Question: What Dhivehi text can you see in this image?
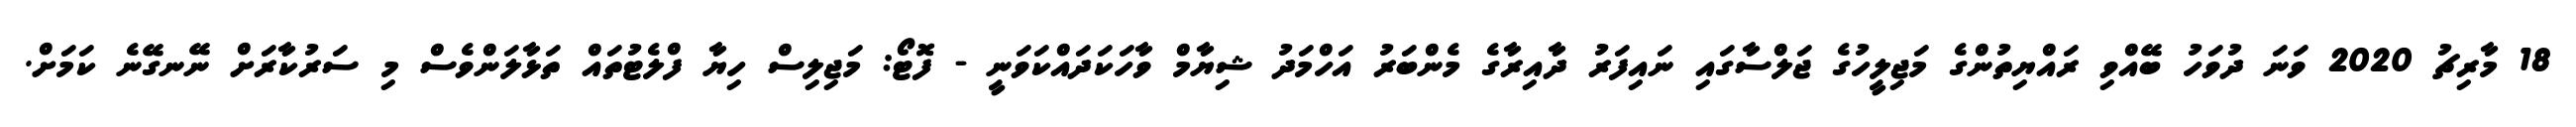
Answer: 18 މާރިޗު 2020 ވަނަ ދުވަހު ބޭއްވި ރައްޔިތުންގެ މަޖިލީހުގެ ޖަލްސާގައި ނައިފަރު ދާއިރާގެ މެންބަރު އަހްމަދު ޝިޔާމް ވާހަކަދައްކަވަނީ - ފޮޓޯ: މަޖިލިސް ހިޔާ ފްލެޓުތައް ތަޅާލަންވެސް މި ސަރުކާރަށް ނޭނގޭނެ ކަމަށް.